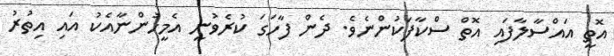
އޮތީ އައްސާލާފައި އޮތް ސްކާފަކުންނެވެ. ދެން ފާހަގަ ކުރެވުނީ އެމީހުންނާއެކު އައި އިތުރު